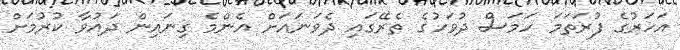
އަހަރުގެ ފުރަތަމަ ހަމަސް ދުވަހުގެ ތެރޭގައި ދެވަނައަށް އެންމެ ގިނައިން ދައުވާ ކުރުމަށް